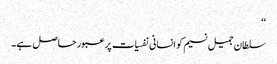
‘‘
سلطان جمیل نسیم کو انسانی نفسیات پر عبور حاصل ہے۔